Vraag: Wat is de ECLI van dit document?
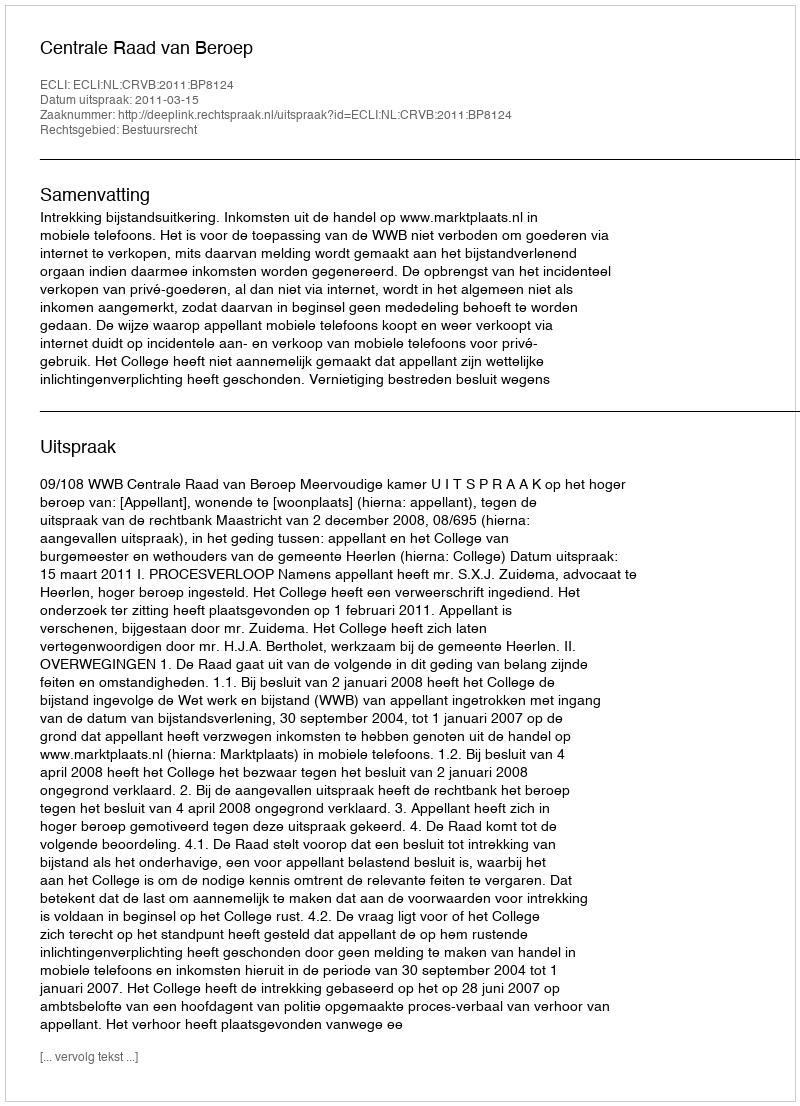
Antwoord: ECLI:NL:CRVB:2011:BP8124